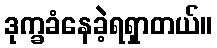
ဒုက္ခခံနေခဲ့ရရှာတယ်။